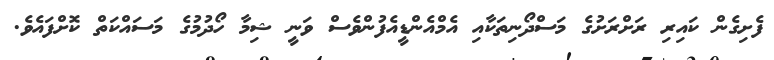
ފެށިގެން ކައިރި ރަށްރަށުގެ މަސްދޯނިތަކާއި އެމްއެންޑީއެފުންވެސް ވަނީ ޝިމާ ހޯދުމުގެ މަސައްކަތް ކޮށްފައެވެ.